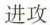
进攻